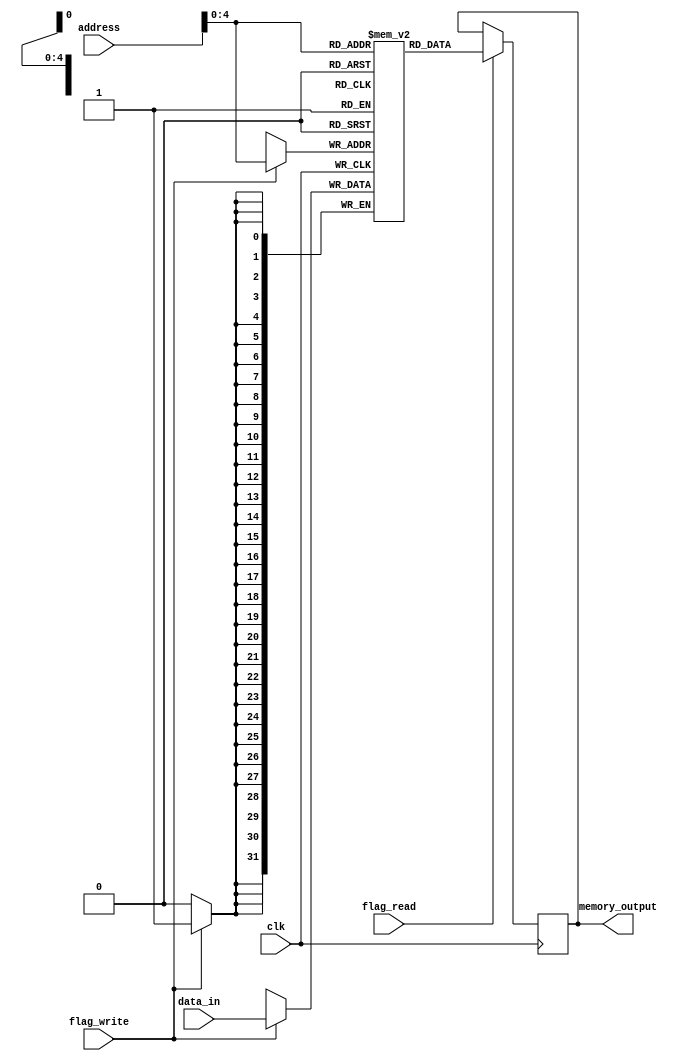
module memory (
  input [31:0] address,
  input [31:0] data_in,
  input flag_read,
  input flag_write,
  input clk,
  output reg [31:0] memory_output
);
  
  reg [31:0] Memory [0:31]; 
  
  integer i;

  initial begin
    for (i = 0; i < 32; i = i + 1) begin
      Memory[i] = 0;
    end
  end
  
  always @(posedge clk) begin
    if (flag_read) begin
      memory_output <= Memory[address];
    end
      
    if (flag_write) begin
      Memory[address] <= data_in;
    end
  end
endmodule